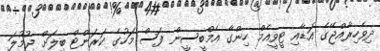
ދިވެހިރާއްޖޭގެ އަޑާއި ޓީވީއެމް ހިންގާ އެމްބީސީން ފަސް މަހުގެ ކަރަންޓް ބިލަށް ޖުމުލަ